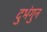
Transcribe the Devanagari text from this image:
दुभंगुन